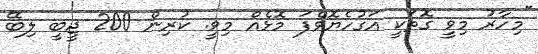
"މިހާރު މިވީ ގޮތަކީ އަގުހެޔޮވެފަ މޮޅެއް މިވީ. ކުރިން 200 ޖީބީ ލިބޭ